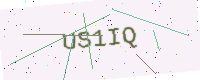
Text: US1IQ